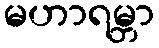
မဟာရမ္ဘာ